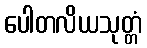
ပေါတလိယသုတ္တံ